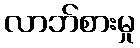
လာဘ်စားမှု